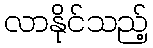
လာနိုင်သည့်